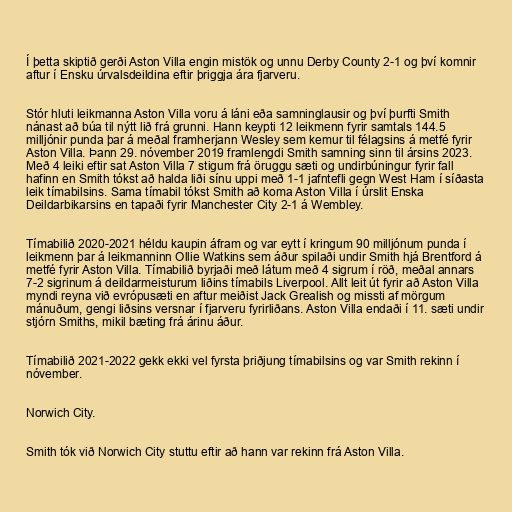
Í þetta skiptið gerði Aston Villa engin mistök og unnu Derby County 2-1 og því komnir
aftur í Ensku úrvalsdeildina eftir þriggja ára fjarveru.

Stór hluti leikmanna Aston Villa voru á láni eða samninglausir og því þurfti Smith
nánast að búa til nýtt lið frá grunni. Hann keypti 12 leikmenn fyrir samtals 144.5
milljónir punda þar á meðal framherjann Wesley sem kemur til félagsins á metfé fyrir
Aston Villa. Þann 29. nóvember 2019 framlengdi Smith samning sinn til ársins 2023.
Með 4 leiki eftir sat Aston Villa 7 stigum frá öruggu sæti og undirbúningur fyrir fall
hafinn en Smith tókst að halda liði sínu uppi með 1-1 jafntefli gegn West Ham í síðasta
leik tímabilsins. Sama tímabil tókst Smith að koma Aston Villa í úrslit Enska
Deildarbikarsins en tapaði fyrir Manchester City 2-1 á Wembley.

Tímabilið 2020-2021 héldu kaupin áfram og var eytt í kringum 90 milljónum punda í
leikmenn þar á leikmanninn Ollie Watkins sem áður spilaði undir Smith hjá Brentford á
metfé fyrir Aston Villa. Tímabilið byrjaði með látum með 4 sigrum í röð, meðal annars
7-2 sigrinum á deildarmeisturum liðins tímabils Liverpool. Allt leit út fyrir að Aston Villa
myndi reyna við evrópusæti en aftur meiðist Jack Grealish og missti af mörgum
mánuðum, gengi liðsins versnar í fjarveru fyrirliðans. Aston Villa endaði í 11. sæti undir
stjórn Smiths, mikil bæting frá árinu áður.

Tímabilið 2021-2022 gekk ekki vel fyrsta þriðjung tímabilsins og var Smith rekinn í
nóvember.

Norwich City.

Smith tók við Norwich City stuttu eftir að hann var rekinn frá Aston Villa.